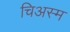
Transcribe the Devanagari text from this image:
चिअस्म